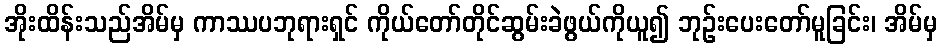
အိုးထိန်းသည်အိမ်မှ ကာဿပဘုရားရှင် ကိုယ်တော်တိုင်ဆွမ်းခဲဖွယ်ကိုယူ၍ ဘုဉ်းပေးတော်မူခြင်း၊ အိမ်မှ